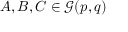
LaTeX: A , B , C \in { \mathcal { G } } ( p , q )